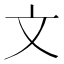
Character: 文